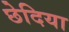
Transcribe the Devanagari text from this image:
छेदिया